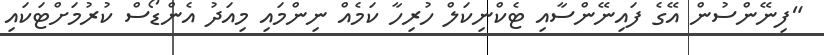
"ފިނޭންސުން އޭގެ ފައިނޭންސާއި ޓެކްނިކަލް ހުރިހާ ކަމެއް ނިންމައި މިއަދު އެންޑޯސް ކުރުމަށްޓަކައި